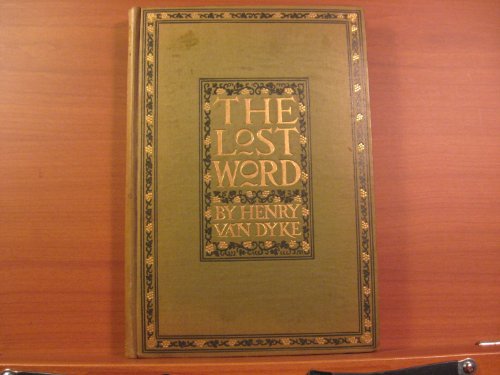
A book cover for The Lost Word: A Christmas Legend of Long Ago; Henry Van Dyke; Christian Books & Bibles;